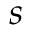
s